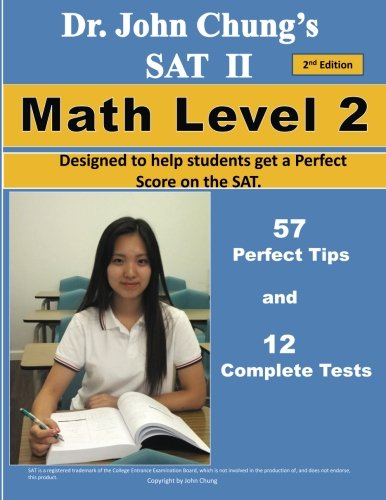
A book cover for Dr. John Chung's SAT II Math Level 2 ---- 2nd Edition: To get a Perfect Score on the SAT; Dr. John Chung; Test Preparation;